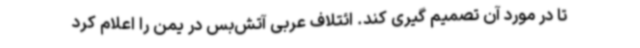
تا در مورد آن تصمیم گیری کند. ائتلاف عربی آتش‌بس در یمن را اعلام کرد